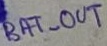
Text: BAT_OUT